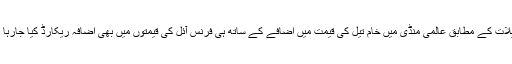
تفصیلات کے مطابق عالمی منڈی میں خام تیل کی قیمت میں اضافے کے ساتھ ہی فرنس آئل کی قیمتوں میں بھی اضافہ ریکارڈ کیا جارہا ہے ۔